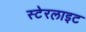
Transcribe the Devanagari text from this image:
स्टेरलाइट